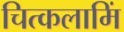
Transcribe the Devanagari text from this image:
चित्कलामिं